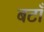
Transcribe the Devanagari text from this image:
बटाँ